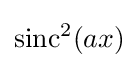
\operatorname {sinc} ^{2}(ax)